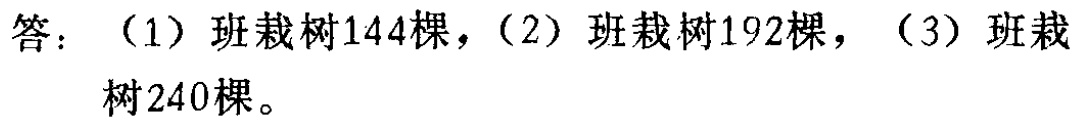
答：（1）班栽树144棵，（2）班栽树192棵，（3）班栽树240棵。